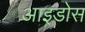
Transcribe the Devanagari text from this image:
आइडोस